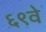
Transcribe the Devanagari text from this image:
६९वे